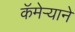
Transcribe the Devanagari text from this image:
कॅमेऱ्याने